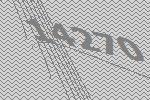
14270